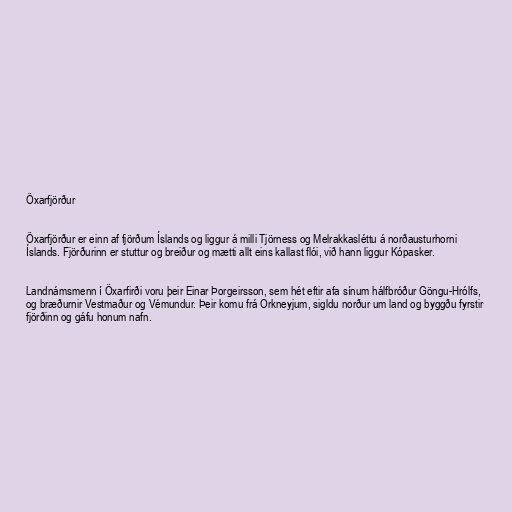
Öxarfjörður

Öxarfjörður er einn af fjörðum Íslands og liggur á milli Tjörness og Melrakkasléttu á norðausturhorni
Íslands. Fjörðurinn er stuttur og breiður og mætti allt eins kallast flói, við hann liggur Kópasker.

Landnámsmenn í Öxarfirði voru þeir Einar Þorgeirsson, sem hét eftir afa sínum hálfbróður Göngu-Hrólfs,
og bræðurnir Vestmaður og Vémundur. Þeir komu frá Orkneyjum, sigldu norður um land og byggðu fyrstir
fjörðinn og gáfu honum nafn.